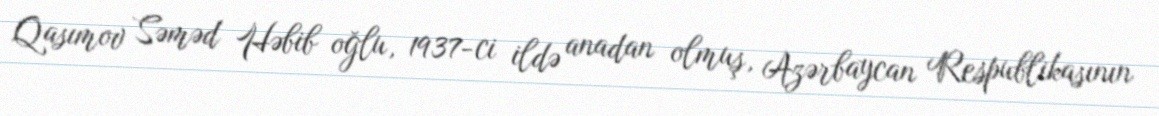
Qasımov Səməd Həbib oğlu, 1937-ci ildə anadan olmuş, Azərbaycan Respublikasının